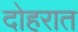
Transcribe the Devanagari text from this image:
दोहरात